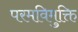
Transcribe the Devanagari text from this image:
परमविमुक्ति